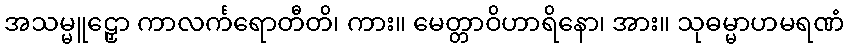
အသမ္မူဠှော ကာလင်္ကရောတီတိ၊ ကား။ မေတ္တာဝိဟာရိနော၊ အား။ သုဓမ္မာဟမရဏံ